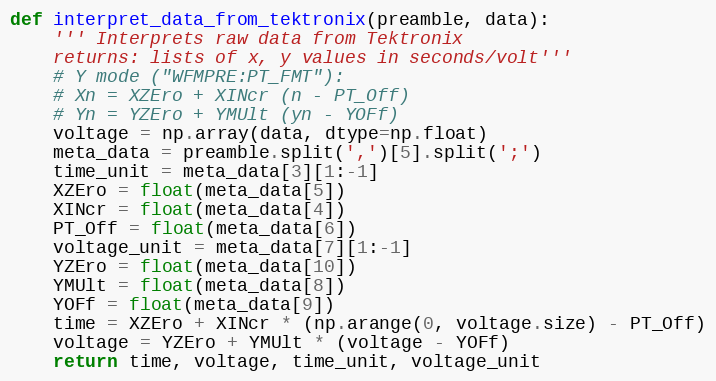
Language: Python
def interpret_data_from_tektronix(preamble, data):
    ''' Interprets raw data from Tektronix
    returns: lists of x, y values in seconds/volt'''
    # Y mode ("WFMPRE:PT_FMT"):
    # Xn = XZEro + XINcr (n - PT_Off)
    # Yn = YZEro + YMUlt (yn - YOFf)
    voltage = np.array(data, dtype=np.float)
    meta_data = preamble.split(',')[5].split(';')
    time_unit = meta_data[3][1:-1]
    XZEro = float(meta_data[5])
    XINcr = float(meta_data[4])
    PT_Off = float(meta_data[6])
    voltage_unit = meta_data[7][1:-1]
    YZEro = float(meta_data[10])
    YMUlt = float(meta_data[8])
    YOFf = float(meta_data[9])
    time = XZEro + XINcr * (np.arange(0, voltage.size) - PT_Off)
    voltage = YZEro + YMUlt * (voltage - YOFf)
    return time, voltage, time_unit, voltage_unit